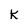
Character: k